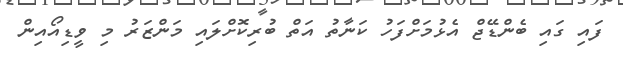
ފައި ގައި ބެންޑޭޖް އެޅުމަށްފަހު ކަނާތު އަތް ބުރިކޮށްލައި މަންޒަރު މި ވީޑިއޯއިން